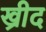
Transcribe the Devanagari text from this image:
ख्रीद